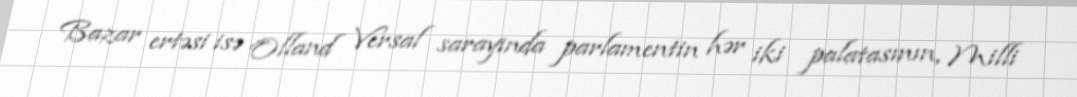
Bazar ertəsi isə Olland Versal sarayında parlamentin hər iki palatasının, Milli